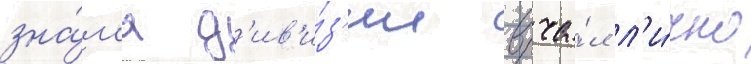
зна́м'я д'ив'и́з'ии вруча́л л'и́чно